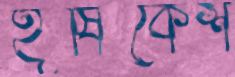
হূষিকেশ